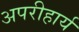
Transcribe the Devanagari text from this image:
अपरीहार्य